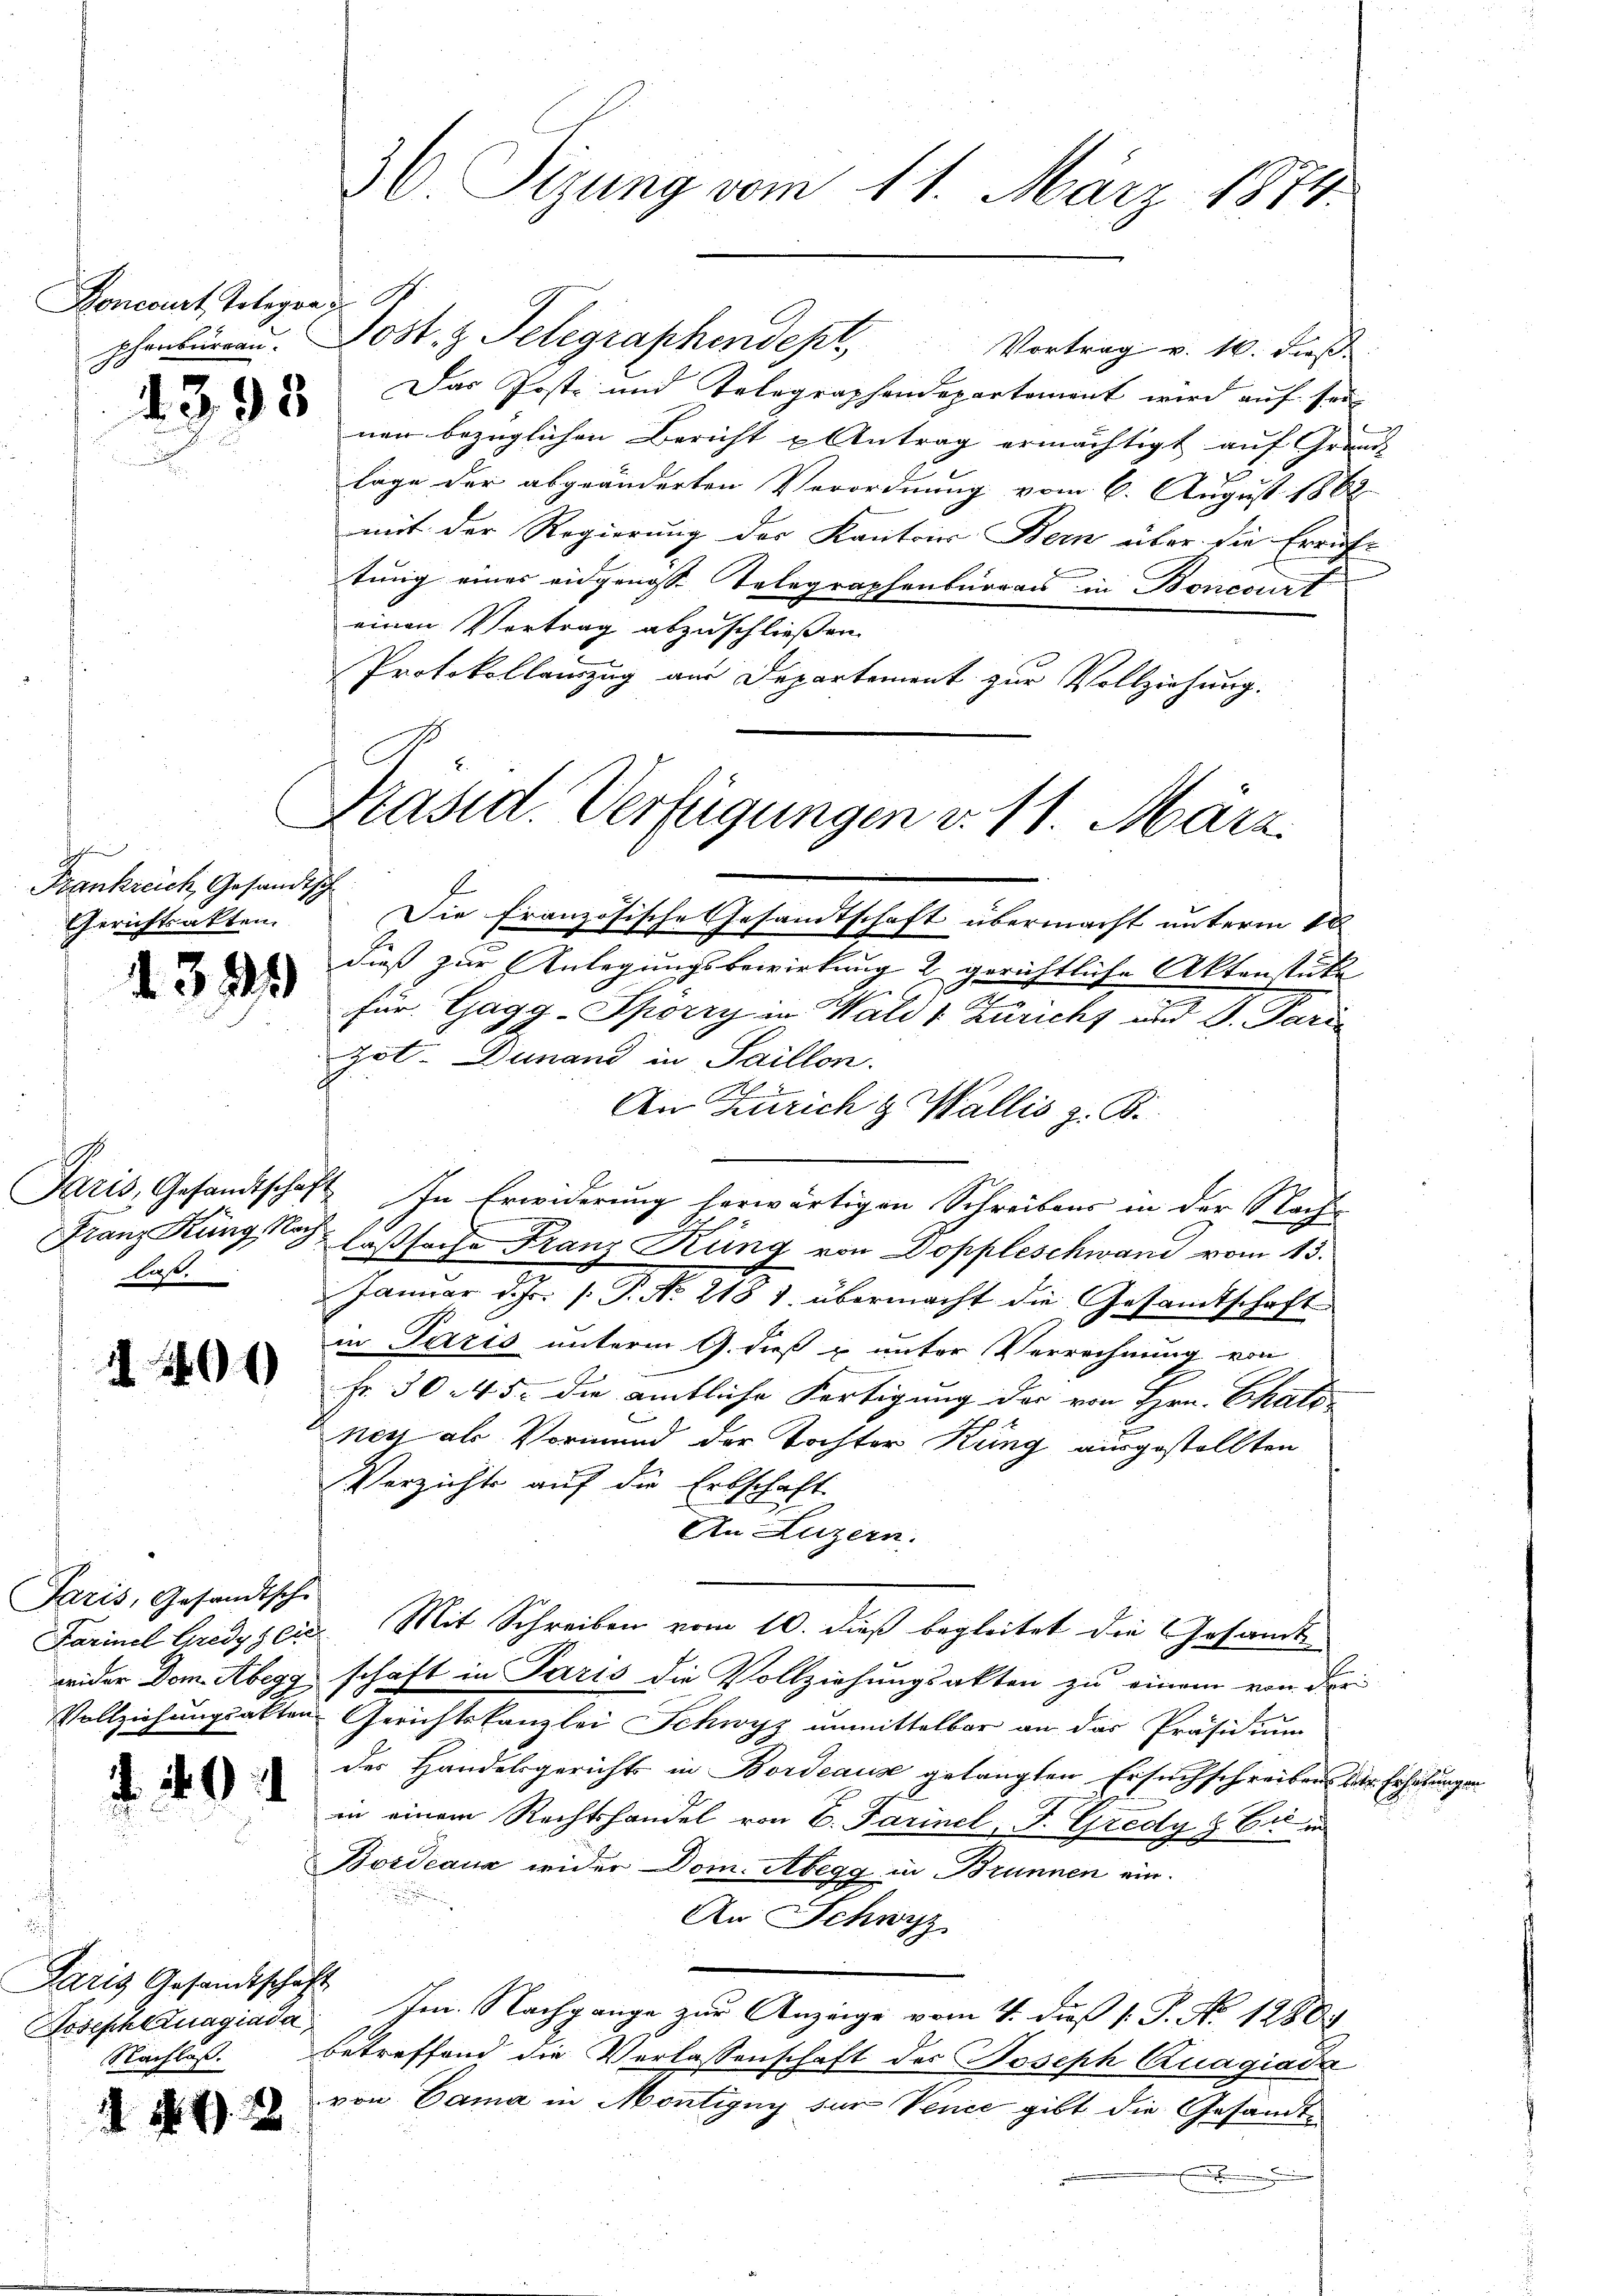
Foncourt, Telegra
phenburgau.

Frankreich, Gesandtsch
Gerichtsakten.

i

1400

Saris, Gesandtsche

44

4395

1329)

laß.

Paris Gesandtschaft

36. Sizung vom 11. März 1874.

Post. z. Telegraphendept, Vortrag v. 10. dieß
Das Posti und Telegraphendepartement wird auf seiner bezüglichen Bericht u Antrag ermächtigt auf Grun
 x
lage der abgeänderten Verordnung vom 6. August 1862
mit der Regierung der Kantons Bern über die Errich
tung eines eidgenoss Telegraphenburgau in Boncourt
einen Vertrag abzuschließen.
Protokollauszug am Departement zur Vollziehung.
Die französische Gesandtschaft übermacht unterm 18
dieß zur Anlegungsbewirkung 2 gerichtliche Aktenstütz
für Gagg-Sporry in Wald v. Züricht und D. Pari
Zot. Dunand in Saillon.
An Zürich g. Wallis z. B.
Faris, Gesandtschaft In Erwiderung herwärtigen Schreibens in der Nach-
Franz Küng so laßsache Franz Küng von Doppleschwand vom 13.
 Januar d. Js. 1. P. No. 218 u. übermacht die Gesamtschaft
in Paris unterm 9. dieß u unter Verrechnung von
Fr. 30. 45. die amtliche Fortigung der von Hrn. Ehats
e
Nech als Vormund der Tochter Küng ausgestellten
Verzichts auf die Erbschaft
An Luzern.
Farinel Credysei. Mit Schreiben vom 10. dieß begleitet die Gesandtwider Dom Abegg schaft in Paris die Vollziehungsakten zu einem von der
Vollziehungsakten Gerichtskanzlei Schwyz unmittelbar an das Präsidium
der Handelsgerichts in Bordeause gelangten Ersuchschreibens der Erhöhungen
in einem Rechtshandel von B. Farinel F. Gredy & Cie in
Bordeaux wider Dom. Abegg in Brunnen ein.
An Schwyz
Joseph Znagiada. Im Nachgange zŭr Anzeige vom 4. dβ 1. P. Nr. 1280.
Nachloß. Betreffend die Verlassenschaft des Joseph Zuagiada
von Cama in Montigny für Vence gibt die Gesandte
e

Präsid. Verfügungen v. 11. März.

2